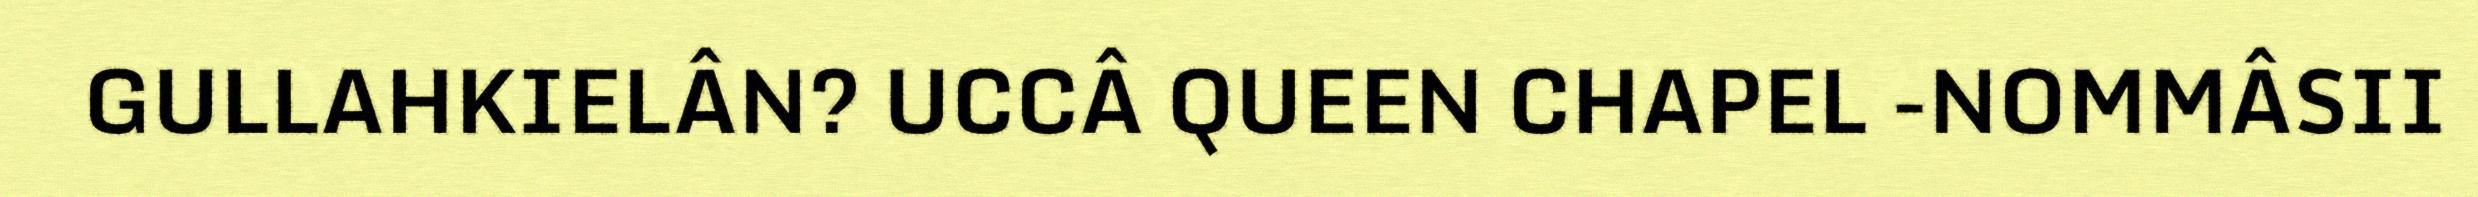
GULLAHKIELÂN? UCCÂ QUEEN CHAPEL -NOMMÂSII